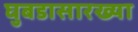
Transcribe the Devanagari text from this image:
घुबडासारख्या